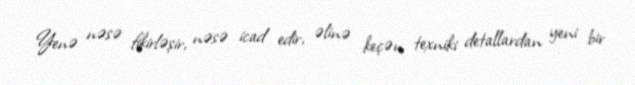
Yenə nəsə fikirləşir, nəsə icad edir, əlinə keçən texniki detallardan yeni bir